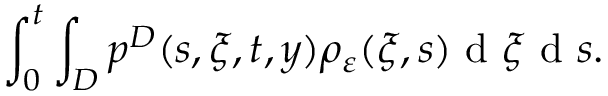
\int _ { 0 } ^ { t } \int _ { D } p ^ { D } ( s , \xi , t , y ) \rho _ { \varepsilon } ( \xi , s ) \textrm { d } \xi \textrm { d } s .